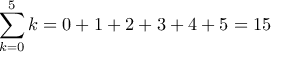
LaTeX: \sum _ { k = 0 } ^ { 5 } k = 0 + 1 + 2 + 3 + 4 + 5 = 1 5